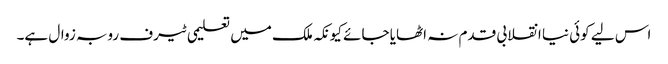
اس لیے کوئی نیا انقلابی قدم نہ اٹھایا جائے کیونکہ ملک میں تعلیمی ٹیرف روبہ زوال ہے۔